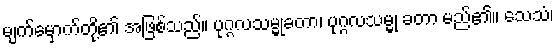
မျက်မှောက်တို့၏ အဖြစ်သည်။ ပုဂ္ဂလသမ္မုခတာ၊ ပုဂ္ဂလသမ္မု ခတာ မည်၏။ သေသံ၊